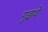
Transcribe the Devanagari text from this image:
गुइथे